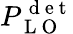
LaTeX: P_{\mathrm{~L~O~}}^{\mathrm{~d~e~t~}}